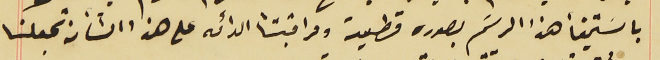
باستيفأ هذا الرسَم بصوره قطعية ومراقبتنا الدائمه على هذا الشأن تجعلنا